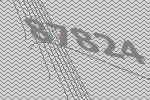
87824